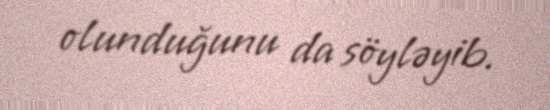
olunduğunu da söyləyib.